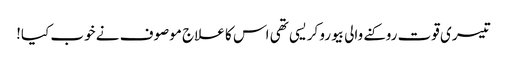
تیسری قوت روکنے والی بیورو کریسی تھی اس کا علاج موصوف نے خوب کیا!